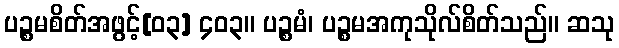
ပဉ္စမစိတ်အဖွင့်[၀၃] ၄၀၃။ ပဉ္စမံ၊ ပဉ္စမအကုသိုလ်စိတ်သည်။ ဆသု